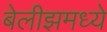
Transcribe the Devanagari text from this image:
बेलीझमध्ये